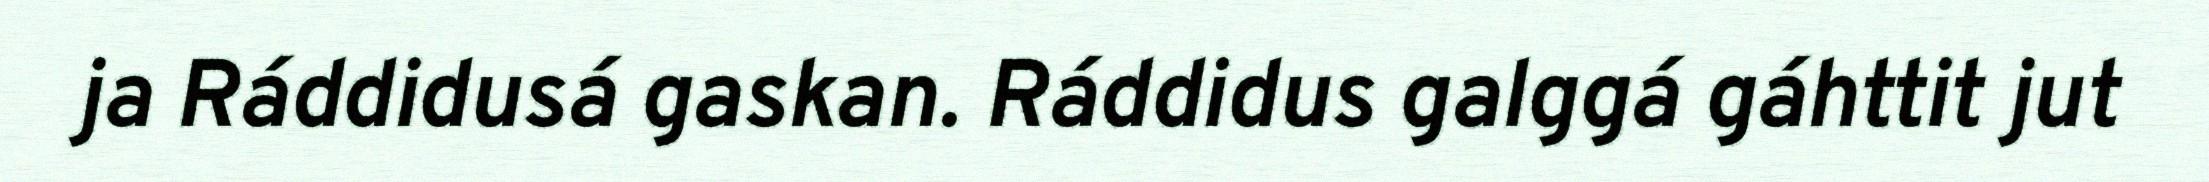
ja Ráddidusá gaskan. Ráddidus galggá gáhttit jut